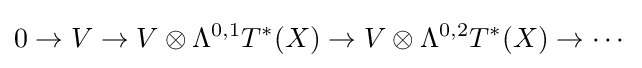
0\rightarrow V\rightarrow V\otimes \Lambda ^{0,1}T^{*}(X)\rightarrow V\otimes \Lambda ^{0,2}T^{*}(X)\rightarrow \dotsm